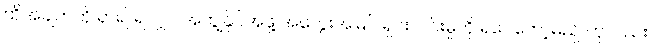
ထိုအချက်ကို ရှာ၍ ရလျှင် အကျွန်ုပ်အဖို့ အတွေးအမြင် ရှင်းလင်းမှုကို ရပေတော့မည် ဟုလည်း